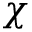
\chi